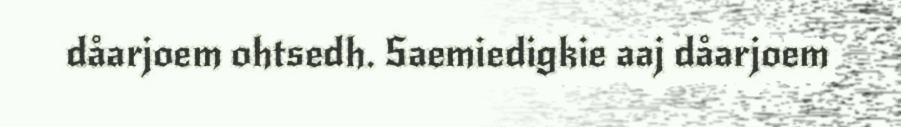
dåarjoem ohtsedh. Saemiedigkie aaj dåarjoem